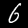
Label: 6